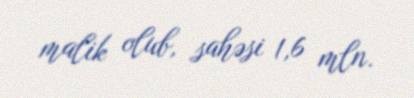
malik olub, sahəsi 1,6 mln.